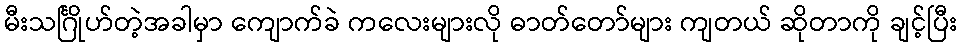
မီးသင်္ဂြိုဟ်တဲ့အခါမှာ ကျောက်ခဲ ကလေးများလို ဓာတ်တော်များ ကျတယ် ဆိုတာကို ချင့်ပြီး